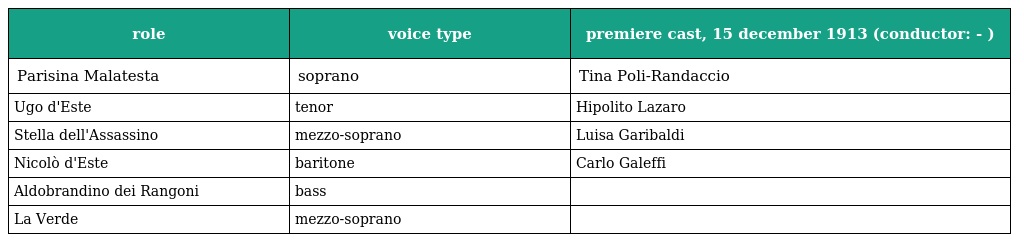
| role | voice type | premiere cast, 15 december 1913 (conductor: - ) |
 | --- | --- | --- |
 | Parisina Malatesta | soprano | Tina Poli-Randaccio |
 | Ugo d'Este | tenor | Hipolito Lazaro |
 | Stella dell'Assassino | mezzo-soprano | Luisa Garibaldi |
 | Nicolò d'Este | baritone | Carlo Galeffi |
 | Aldobrandino dei Rangoni | bass |  |
 | La Verde | mezzo-soprano |  |